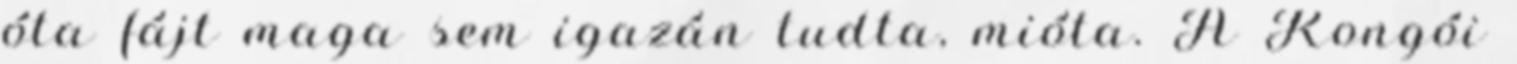
óta fájt maga sem igazán tudta, mióta. A Kongói